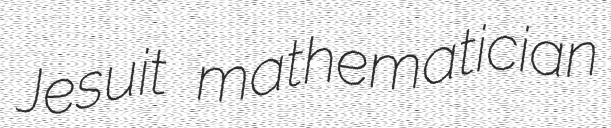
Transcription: Jesuit mathematician